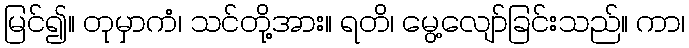
မြင်၍။ တုမှာကံ၊ သင်တို့အား။ ရတိ၊ မွေ့လျော်ခြင်းသည်။ ကာ၊